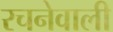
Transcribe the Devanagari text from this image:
रचनेवाली